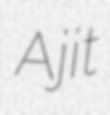
Ajit